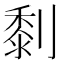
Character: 㓿